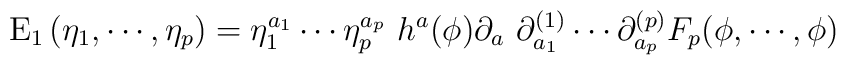
{\rm E}_1 \left( \eta_1, \cdots, \eta_p \right) =\eta^{a_1}_1 \cdots \eta^{a_p}_p \, \, h^a( \phi ) \partial_a \, \,\partial^{(1)}_{a_1} \cdots \partial^{(p)}_{a_p}F_p ( \phi, \cdots, \phi)